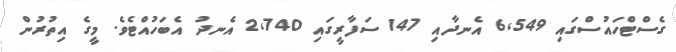
ގެސްޓްހައުސްގައި 6